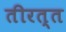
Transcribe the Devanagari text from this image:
तीरत्त